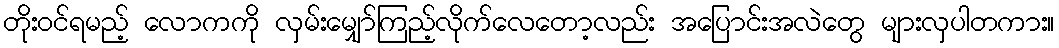
တိုးဝင်ရမည့် လောကကို လှမ်းမျှော်ကြည့်လိုက်လေတော့လည်း အပြောင်းအလဲတွေ များလှပါတကား။